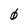
Character: 0